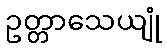
ဥတ္တာသေယျုံ